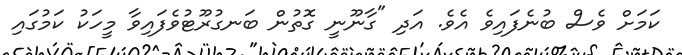
ކަމަށް ވެސް ބުނެފައިވެ އެވެ. އަދި "ގާނޫނީ ގޮތުން ބަނގުރޫޓުވެފައިވާ މީހަކު ކަމުގައި